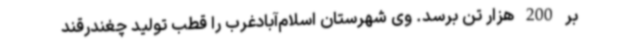
بر 200 هزار تن برسد. وی شهرستان اسلام‌آبادغرب را قطب تولید چغندرقند